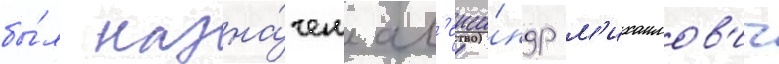
бы́л назна́чен ал'екса́ндр м'ихаилов'ич